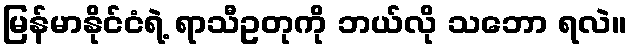
မြန်မာနိုင်ငံရဲ့ ရာသီဥတုကို ဘယ်လို သဘော ရလဲ။